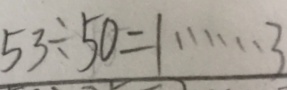
5 3 \div 5 0 = 1 \cdots 3